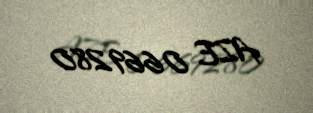
AZE 0669280